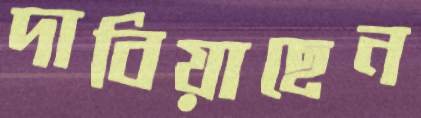
দাবিয়াছেন